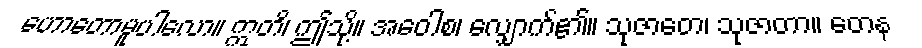
ဟောတောမူပါလော။ ဣတိ၊ ဤသို့။ အဝေါစ၊ လျှောက်၏။ သုဇာတေ၊ သုဇာတာ။ တေန